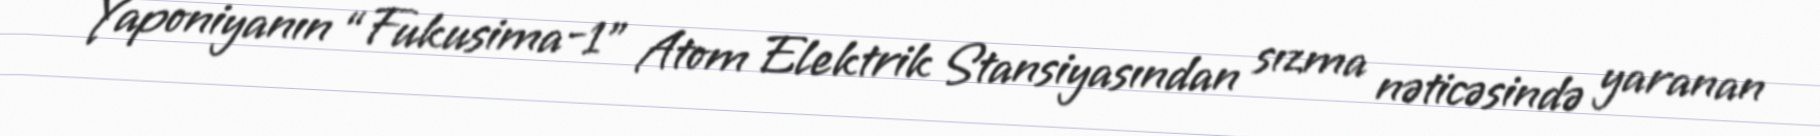
Yaponiyanın “Fukusima-1” Atom Elektrik Stansiyasından sızma nəticəsində yaranan